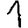
Digit: 1